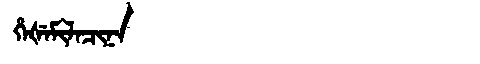
Manchu: ᡥᡝᡧᡝᠮᡳᠯᠠᠴᡳᠨᠠ
Romanization: HEŠEMILACINA